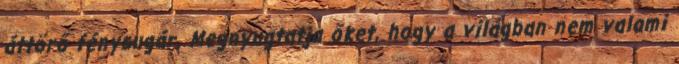
áttörő fénysugár. Megnyugtatja őket, hogy a világban nem valami